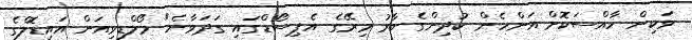
ވަކިން ހާއްސަކޮށް އަންހެން ކުދިންގެ ބާރު މިރޭގެ އެޕިސޯޑްގައި ގަދަވާނެ" މޯލްޑިވިއަން އައިޑޮލްގެ